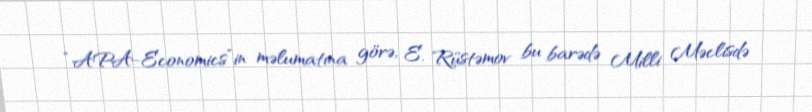
“APA-Economics”in məlumatına görə, E. Rüstəmov bu barədə Milli Məclisdə